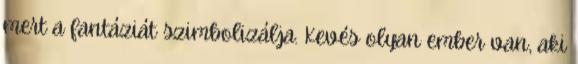
mert a fantáziát szimbolizálja. Kevés olyan ember van, aki